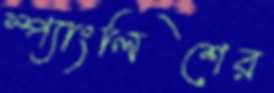
স্প্যাংলিশের